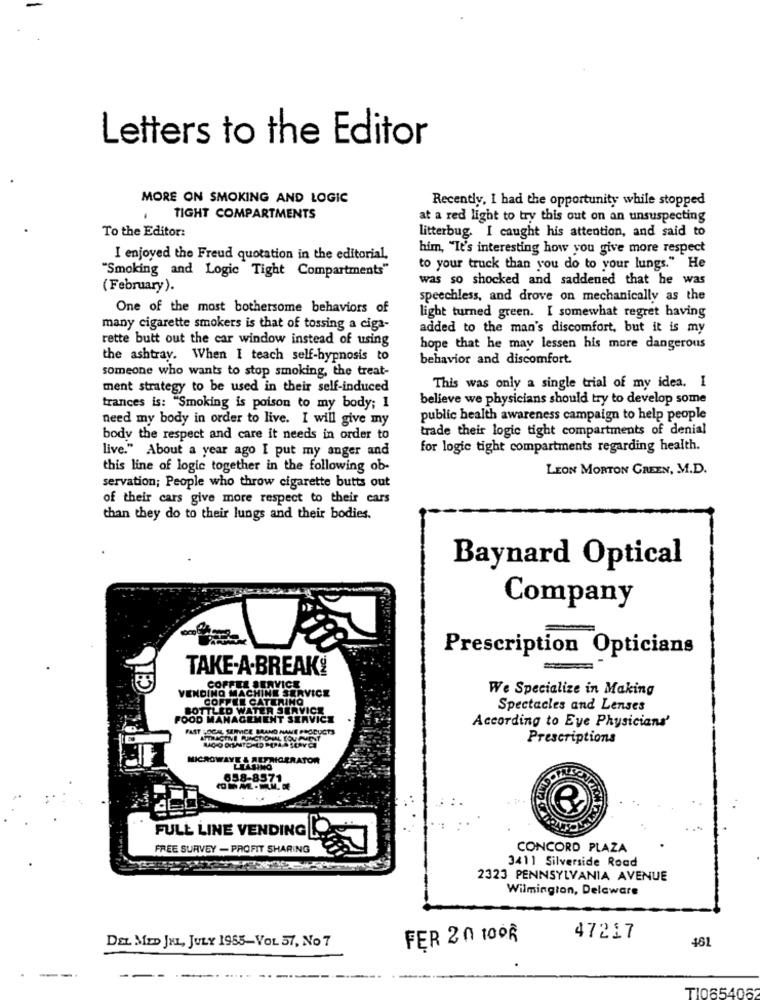
Letters to the Editor
MORE ON SMOKING AND LOGIC
Recently, I had the opportunity while stopped
TIGHT COMPARTMENTS
at a red light to try this out on an unsuspecting
To the Editor:
litterbug. I caught his attention, and said to
him, "It's interesting how you give more respect
I enjoyed the Freud quotation in the editorial,
to your truck than you do to your lungs." He
"Smoking and Logic Tight Compartments"
was so shocked and saddened that he was
(February).
speechless, and drove on mechanically as the
One of the most bothersome behaviors of
light turned green. I somewhat regret having
many cigarette smokers is that of tossing a ciga-
added to the man's discomfort, but it is my
rette butt out the car window instead of using
hope that he may lessen his more dangerous
the ashtray. When I teach self-hypnosis to
behavior and discomfort.
someone who wants to stop smoking, the treat-
ment strategy to be used in their self-induced
This was only a single trial of my idea. I
believe we physicians should try to develop some
trances is: "Smoking is poison to my body; 1
need my body in order to live. I will give my
public health awareness campaign to help people
trade their logic tight compartments of denial
body the respect and care it needs in order to
live." About a year ago I put my anger and
for logie tight compartments regarding health.
this line of logic together in the following ob-
LEON MORTON GREEN, M.D.
servation; People who throw cigarette butts out
of their cars give more respect to their cars
than they do to their lungs and their bodies.
Baynard Optical
Company
Prescription Opticians
TAKE-A-BREAKY
VENDING MACHINE SERVICE
COPPEL SERVICE
We Specialize in Making
COPPEL CATERING
ITLED WATER SERVICE
Spectacles and Lenses
FOOD MANAGEMENT SERVICE
According to Eye Physicians'
FAST HOCH SERVICE BRAND NAME PRODUCTS
ATTRACTNE RUINCILONA COUPENT
Prescriptions
MICROWAVE & REFRIGERATOR
LILUNO
658-8571
FULL LINE VENDING
FREE SURVEY - PROFIT SHARING
CONCORD PLAZA
3411 Silverside Road
2323 PENNSYLVANIA AVENUE
Wilmington, Delaware
FER 20 1006
47217
461
DEL MED JEL, JULY 1955-VOL 37, No 7
TI06540